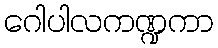
ဂေါပါလကဏ္ဍကာ